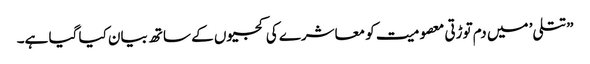
”تتلی’ میں دم توڑتی معصومیت کو معاشرے کی کجیوں کے ساتھ بیان کیا گیا ہے۔